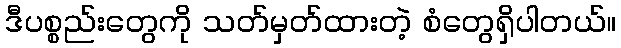
ဒီပစ္စည်းတွေကို သတ်မှတ်ထားတဲ့ စံတွေရှိပါတယ်။